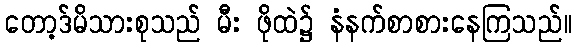
တော့ဒ်မိသားစုသည် မီး ဖိုထဲ၌ နံနက်စာစားနေကြသည်။